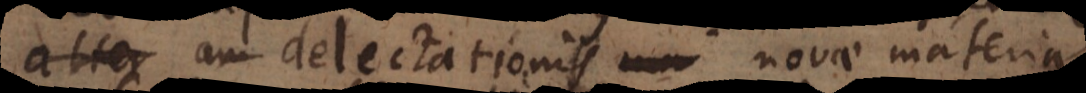
alter delectationis novae materia